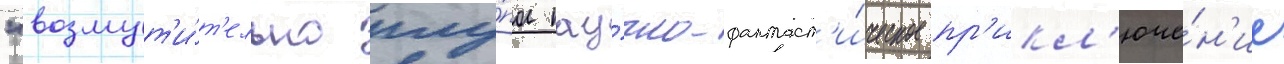
"возмут'и́т'ельно глу́пое нау́чно-фантаст'и́ческое пр'икл'юче́н'ие